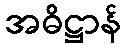
အဓိဋ္ဌာန်